Mental hospitals Bombay report 1929-33 - 1929-1933
Year: 1929
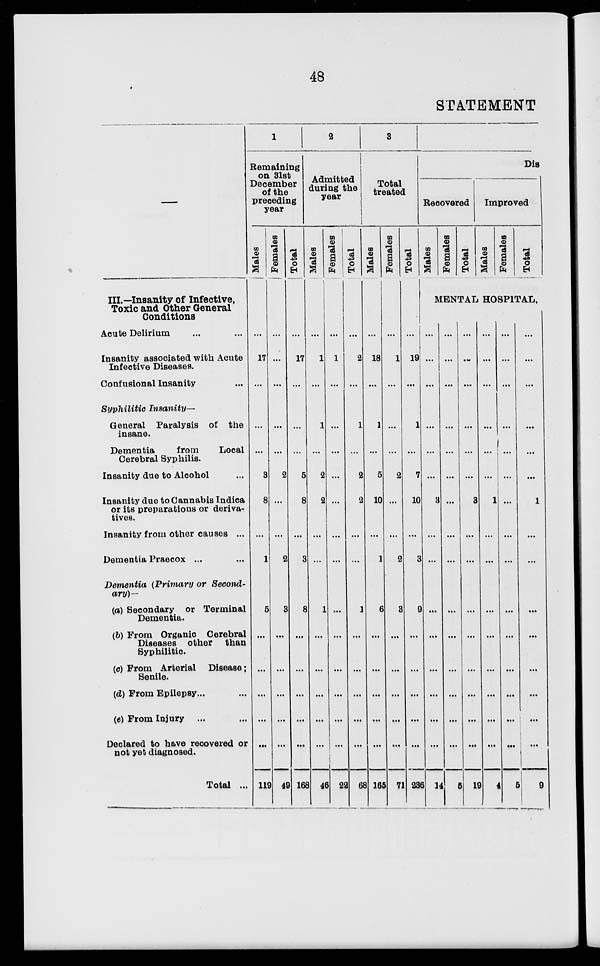
48
STATEMENT
—
III.—Insanity of Infective,
Toxic and Other General
Conditions
Acute Delirium ... ...
Insanity associated with Acute
Infective Diseases.
Confusional Insanity ...
Syphilitic Insanity—
General Paralysis of the
insane.
Dementia
from
Local
Cerebral Syphilis.
Insanity due to Alcohol ...
Insanity due to Cannabis Indica
or its preparations or deriva-
tives.
Insanity from other causes ...
Dementia Praecox ... ...
Dementia (Primary or Second-
ary)—
(a) Secondary or Terminal
Dementia.
(b) From Organic Cerebral
Diseases other than
Syphilitic
(c) From Arterial Disease ;
Senile.
(d) From Epilepsy . . . ...
(e) From Injury ... ...
Declared to have recovered or
not yet diagnosed.
Total ...
1
Remaining
on 31st
December
of the
preceding
year
Males
...
17
...
...
...
3
8
...
1
5
...
...
...
...
...
119
Females
...
...
...
...
...
2
...
...
2
3
...
...
...
...
...
49
Total
...
17
...
...
...
5
8
...
3
8
...
...
...
...
...
168
2
Admitted
during the
year
Males
...
1
...
1
...
2
2
...
...
1
...
...
...
...
...
46
Females
...
1
...
...
...
...
...
...
...
...
...
...
...
...
...
22
Total
...
2
...
1
...
2
2
...
...
1
...
...
...
...
...
68
3
Total
treated
Males
...
18
...
1
...
5
10
...
1
6
...
...
...
...
...
165
Females
...
1
...
...
...
2
...
...
2
3
...
...
...
...
...
71
Total
...
19
...
1
...
7
10
...
3
9
...
...
...
...
...
236
Dis
Recovered
Males
Females
Total
Improved
Males
Females
Total
MENTAL HOSPITAL.
...
...
...
...
...
...
3
...
...
...
...
...
...
...
...
14
...
...
...
...
...
...
...
...
...
...
...
...
...
...
...
5
...
...
...
...
...
...
3
...
...
...
...
...
...
...
...
19
...
...
...
...
...
...
1
...
...
...
...
...
...
...
...
4
...
...
...
...
...
...
...
...
...
...
...
...
...
...
...
5
...
...
...
...
...
...
1
...
...
...
...
...
...
...
...
9